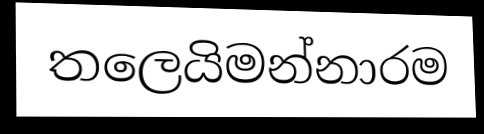
තලෙයිමන්නාරම